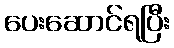
ပေးဆောင်ရပြီး